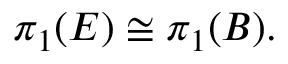
\pi _ { 1 } ( E ) \cong \pi _ { 1 } ( B ) .